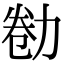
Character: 勌